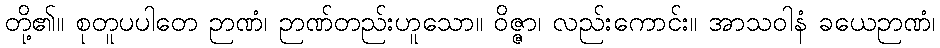
တို့၏။ စုတူပပါတေ ဉာဏံ၊ ဉာဏ်တည်းဟူသော။ ဝိဇ္ဇာ၊ လည်းကောင်း။ အာသဝါနံ ခယေဉာဏံ၊